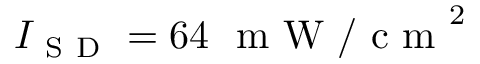
I _ { \mathrm { ~ S ~ D ~ } } = 6 4 ~ \mathrm { ~ m ~ W ~ / ~ c ~ m ~ } ^ { 2 }